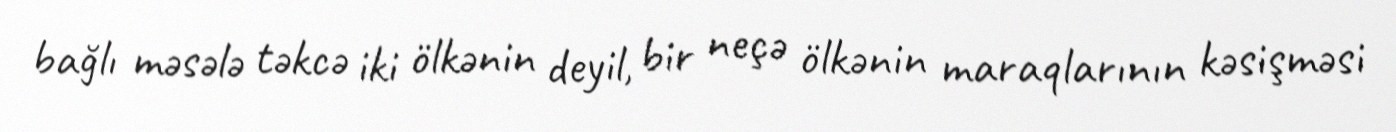
bağlı məsələ təkcə iki ölkənin deyil, bir neçə ölkənin maraqlarının kəsişməsi